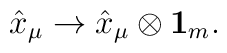
\hat{x}_{\mu} \rightarrow \hat{x}_{\mu}\otimes{\bf 1}_{m}.